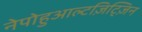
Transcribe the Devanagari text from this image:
नेपोहुआल्टज़िट्ज़िन